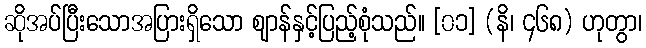
ဆိုအပ်ပြီးသောအပြားရှိသော ဈာန်နှင့်ပြည့်စုံသည်။ [၀၁] (နိ၊ ၄၆၈) ဟုတွာ၊